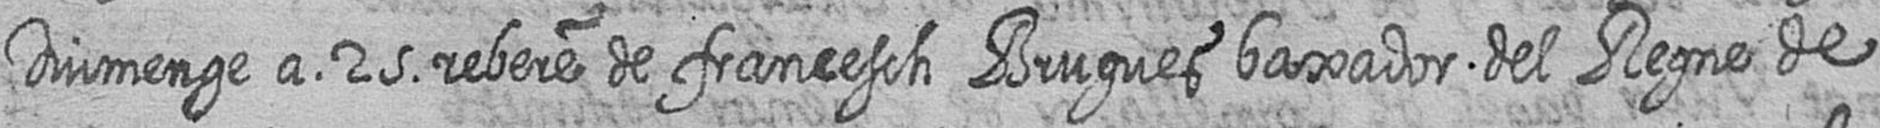
Diumenge a 25 rebere de francesch Brugues baxador del Regne de